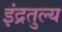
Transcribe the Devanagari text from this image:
इंद्रतुल्य